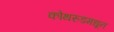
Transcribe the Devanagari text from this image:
कोथरुडमधून